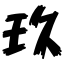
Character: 玖